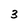
Character: 3